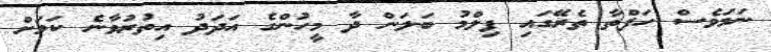
ނަމަވެސް ހަފްތާ ތެރޭގައި ފިލްމު ބަލަން ދާ މީހުންގެ އަދަދު އިތުރުވާނެ ކަމަށް